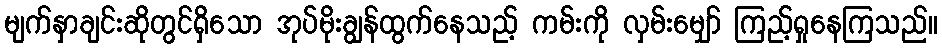
မျက်နှာချင်းဆိုတွင်ရှိသော အုပ်မိုးချွန်ထွက်နေသည့် ကမ်းကို လှမ်းမျှော် ကြည့်ရှုနေကြသည်။